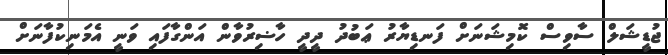
ޖުޑީޝަލް ސާވިސް ކޮމިޝަނަށް ފަނޑިޔާރު ޢަބުދު ދީދީ ހާޟިރުވާން އަންގާފައި ވަނީ އެމަނިކުފާނަށް